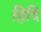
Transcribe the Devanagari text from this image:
हिदि